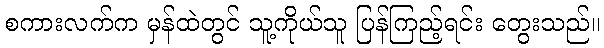
စကားလက်က မှန်ထဲတွင် သူ့ကိုယ်သူ ပြန်ကြည့်ရင်း တွေးသည်။